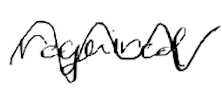
Text: required
Cross-out: wave
Writing tool: digital_black